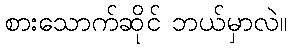
စားသောက်ဆိုင် ဘယ်မှာလဲ။